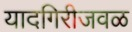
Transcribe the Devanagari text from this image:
यादगिरीजवळ